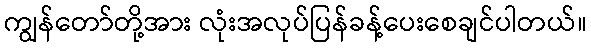
ကျွန်တော်တို့အား လုံးအလုပ်ပြန်ခန့်ပေးစေချင်ပါတယ်။